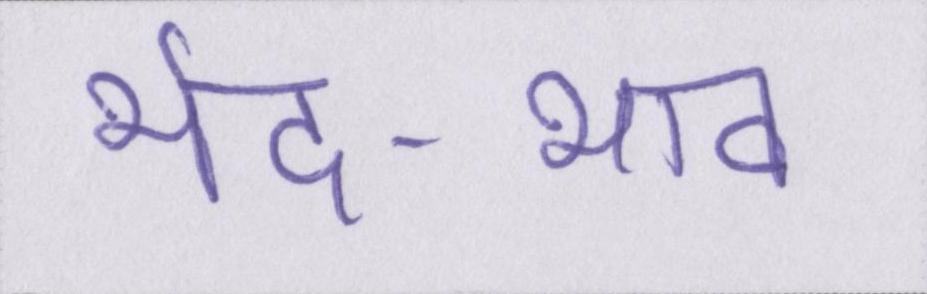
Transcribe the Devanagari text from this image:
भेद-भाव